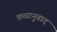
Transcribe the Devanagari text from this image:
कव्यानुवाद